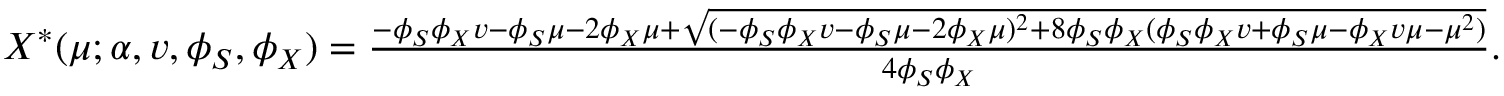
\begin{array} { r } { X ^ { \ast } ( \mu ; \alpha , v , \phi _ { S } , \phi _ { X } ) = \frac { - \phi _ { S } \phi _ { X } v - \phi _ { S } \mu - 2 \phi _ { X } \mu + \sqrt { ( - \phi _ { S } \phi _ { X } v - \phi _ { S } \mu - 2 \phi _ { X } \mu ) ^ { 2 } + 8 \phi _ { S } \phi _ { X } ( \phi _ { S } \phi _ { X } v + \phi _ { S } \mu - \phi _ { X } v \mu - \mu ^ { 2 } ) } } { 4 \phi _ { S } \phi _ { X } } . } \end{array}